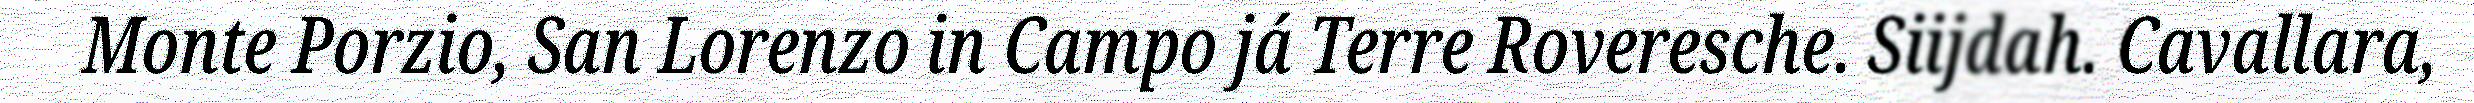
Monte Porzio, San Lorenzo in Campo já Terre Roveresche. Siijdah. Cavallara,